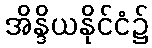
အိန္ဒိယနိုင်ငံ၌